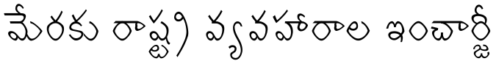
మేరకు రాష్ట్ర వ్యవహారాల ఇంచార్జీ